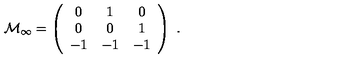
{ \cal M } _ { \infty } = \left( \begin{array} { c c c } { 0 } & { 1 } & { 0 } \\ { 0 } & { 0 } & { 1 } \\ { - 1 } & { - 1 } & { - 1 } \\ \end{array} \right) \ .